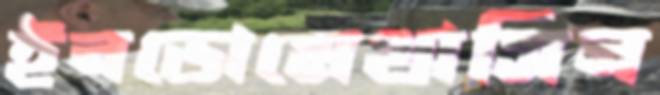
ইনডোমেথাসিন